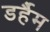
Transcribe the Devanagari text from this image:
डर्हैम